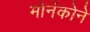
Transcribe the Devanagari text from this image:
मोनॅकोने